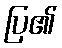
ပြ၏